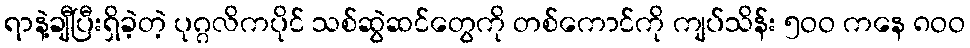
ရာနဲ့ချီပြီးရှိခဲ့တဲ့ ပုဂ္ဂလိကပိုင် သစ်ဆွဲဆင်တွေကို တစ်ကောင်ကို ကျပ်သိန်း ၅ဝဝ ကနေ ၈ဝဝ